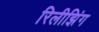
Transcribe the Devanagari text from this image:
रिलीझिंग